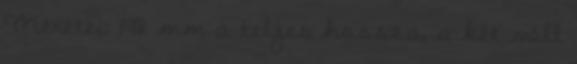
Méretei: 198 mm a teljes hossza, a két váll